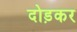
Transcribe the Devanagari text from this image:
दोड़कर